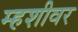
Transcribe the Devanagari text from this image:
म्हशीवर